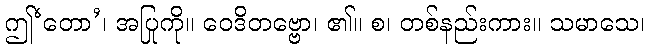
ဤ‘တော’၊ အပြုကို။ ဝေဒိတဗ္ဗော၊ ၏။ စ၊ တစ်နည်းကား။ သမာသေ၊